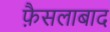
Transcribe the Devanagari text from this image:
फै़सलाबाद